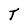
Character: T